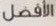
الأفضل